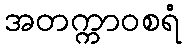
အတက္ကာဝစရံ